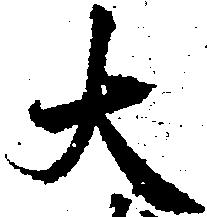
大